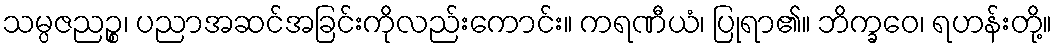
သမ္ပဇညဉ္စ၊ ပညာအဆင်အခြင်းကိုလည်းကောင်း။ ကရဏီယံ၊ ပြုရာ၏။ ဘိက္ခဝေ၊ ရဟန်းတို့။